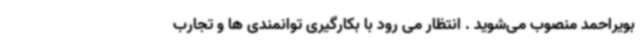
بویراحمد منصوب می‌شوید . انتظار می رود با بکارگیری توانمندی ها و تجارب